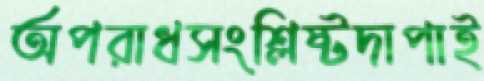
অপরাধসংশ্লিষ্টদাপাই